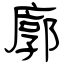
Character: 廓